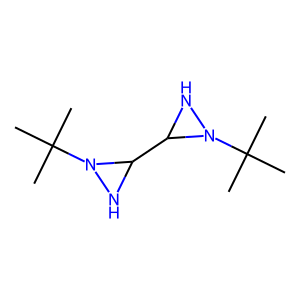
SMILES: CC(C)(C)N1NC1C1NN1C(C)(C)C
Inhibits HIV replication: No